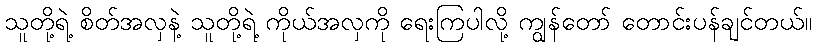
သူတို့ရဲ့ စိတ်အလှနဲ့ သူတို့ရဲ့ ကိုယ်အလှကို ရေးကြပါလို့ ကျွန်တော် တောင်းပန်ချင်တယ်။